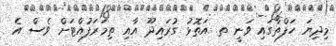
މިދިޔަ ހަފްތާގައި ވަނީ ތ. އަތޮޅު ގުރައިދޫ އާއި ތިމަރަފުއްޓަށް ވެސް އެ